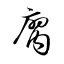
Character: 腐